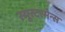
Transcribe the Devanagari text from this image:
स्यूस्टरमेन्स